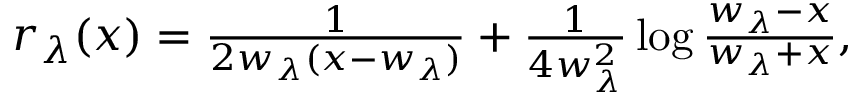
\begin{array} { r } { r _ { \lambda } ( x ) = \frac { 1 } { 2 w _ { \lambda } ( x - w _ { \lambda } ) } + \frac { 1 } { 4 w _ { \lambda } ^ { 2 } } \log \frac { w _ { \lambda } - x } { w _ { \lambda } + x } , } \end{array}